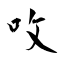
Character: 呚